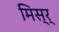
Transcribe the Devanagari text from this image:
मिस्र्